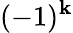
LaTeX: (-1)^{\mathbf{k}}